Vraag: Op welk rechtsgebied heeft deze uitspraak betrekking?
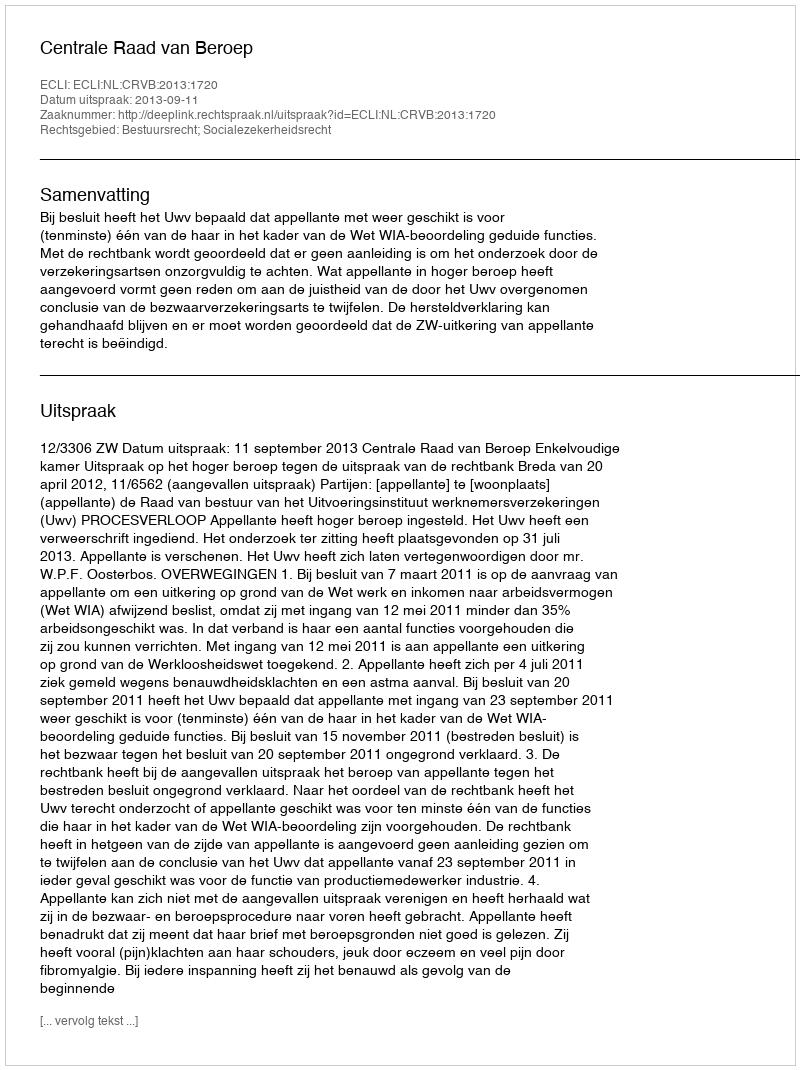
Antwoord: Bestuursrecht; Socialezekerheidsrecht